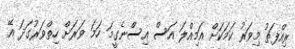
ރިއްފަތު މިވަރު ކަމަކަށް އަމިއްލަ އަސް އިސްނެގީމަ ހަމަ ވަރަށް ހިތްވަރުގަދަ އޭ